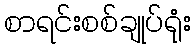
စာရင်းစစ်ချုပ်ရုံး